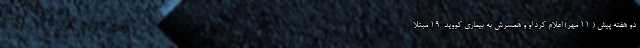
دو هفته پیش ( 11 مهر) اعلام کرد او و همسرش به بیماری کووید-19 مبتلا